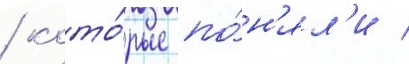
/ кото́рые по́н'ял'и /